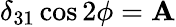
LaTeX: \delta_{31}\cos2\phi=\mathbf{A}